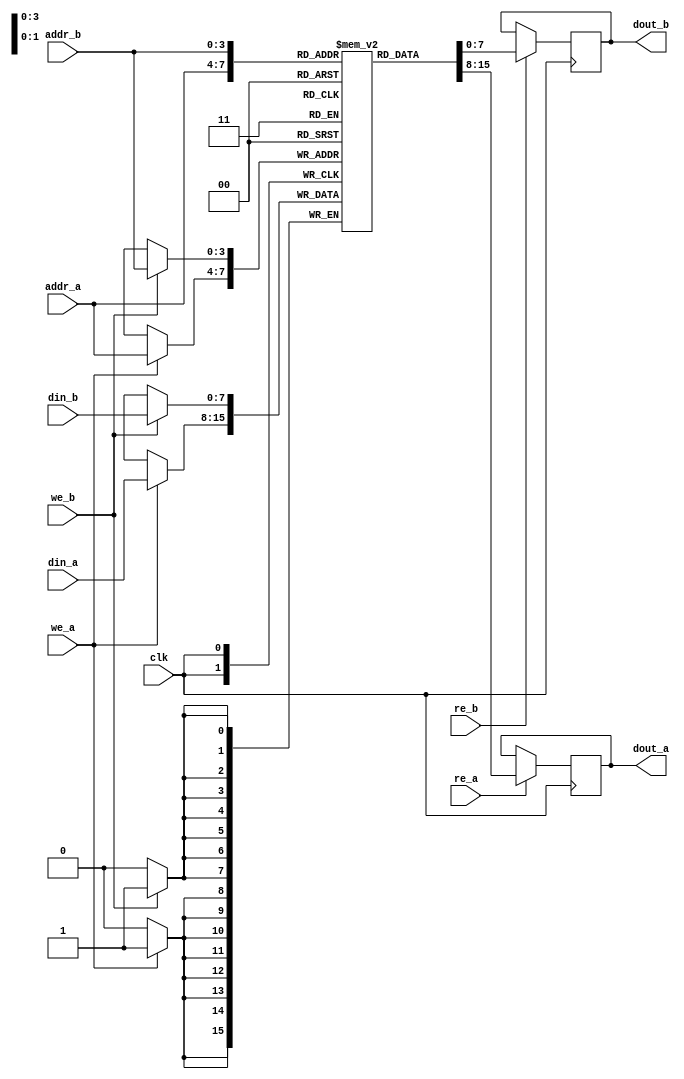
module dual_port_ram #(
    parameter DATA_WIDTH = 8,     // Width of the data bus
    parameter ADDR_WIDTH = 4       // Width of the address bus (2^ADDR_WIDTH = Depth)
)(
    input wire clk,                // Clock signal
    // Port A
    input wire [ADDR_WIDTH-1:0] addr_a,   // Address input for Port A
    input wire [DATA_WIDTH-1:0] din_a,     // Data input for Port A
    input wire we_a,                // Write enable for Port A
    input wire re_a,                // Read enable for Port A
    output reg [DATA_WIDTH-1:0] dout_a,  // Data output for Port A
    
    // Port B
    input wire [ADDR_WIDTH-1:0] addr_b,   // Address input for Port B
    input wire [DATA_WIDTH-1:0] din_b,     // Data input for Port B
    input wire we_b,                // Write enable for Port B
    input wire re_b,                // Read enable for Port B
    output reg [DATA_WIDTH-1:0] dout_b   // Data output for Port B
);

    // Memory declaration
    reg [DATA_WIDTH-1:0] ram [(2**ADDR_WIDTH)-1:0]; // RAM array

    // Port A operations
    always @(posedge clk) begin
        if (we_a) begin
            ram[addr_a] <= din_a; // Write data to RAM
        end
        if (re_a) begin
            dout_a <= ram[addr_a]; // Read data from RAM
        end
    end

    // Port B operations
    always @(posedge clk) begin
        if (we_b) begin
            ram[addr_b] <= din_b; // Write data to RAM
        end
        if (re_b) begin
            dout_b <= ram[addr_b]; // Read data from RAM
        end
    end

endmodule